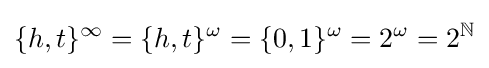
\{h,t\}^{\infty }=\{h,t\}^{\omega }=\{0,1\}^{\omega }=2^{\omega }=2^{\mathbb {N} }